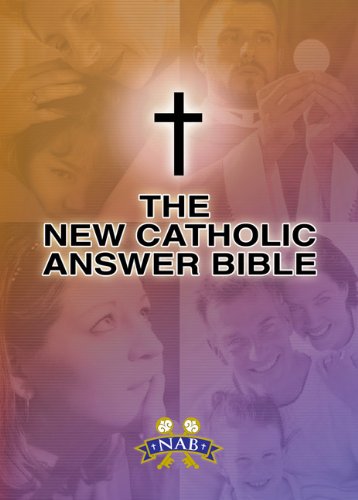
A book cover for New Catholic Answer Bible: New American Bible Revised Edition (NABRE); Paul Thigpen; Christian Books & Bibles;